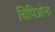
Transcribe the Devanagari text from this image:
चिपिओना